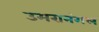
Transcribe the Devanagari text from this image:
उमरानंगल